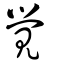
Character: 覺